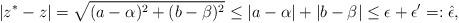
LaTeX: \begin{align*} |z^*-z| = \sqrt{(a-\alpha)^2 + (b-\beta)^2} \leq |a-\alpha| + |b-\beta| \leq \epsilon + \epsilon' =: \hat \epsilon,\end{align*}